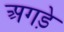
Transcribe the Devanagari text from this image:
अगड़े